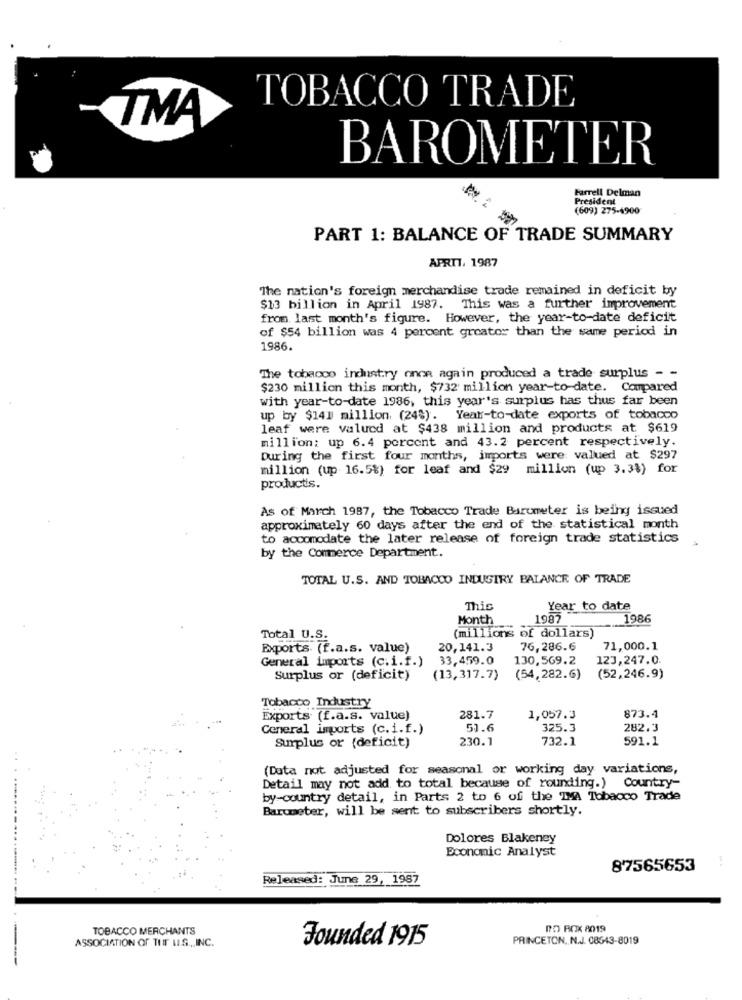
TOBACCO TRADE
TMA
BAROMETER
Farrell Delman
President
(609) 275-4900
PART 1: BALANCE OF TRADE SUMMARY
APRIT, 1987
The nation's foreign merchandise trade remained in deficit by
$13 billion in April 1987. This was a further improvement
from last month's figure. However, the year-to-date deficit
of $54 billion was 4 percent greater than the same period in
1986.
The tobacco industry once again produced a trade surplus - -
$230 million this month, $732 million year-to-date. Compared
with year-to-date 1986, this year's surplus has thus far been
up by $141 million. (24%). Year-to-date exports of tobacco
leaf were valued at $438 million and products at $619
million: up 6.4 percent and 43.2 percent respectively.
During the first four months, imports were: valued at $297
million (up 16.5%) for leaf and $29 million (up 3.3%) for
productis.
As of March 1987, the Tobacco Trade Barumeter is being issued
approximately 60 days after the end of the statistical month
to accomodate the later release of foreign trade statistics
by the Commerce Department.
TOTAL U.S. AND TOBACCO INDUSTRY BALANCE OF TRADE
This
Year to date
Month
1987
1986
Total U.S.
(millions of dollars)
Exports. (f.a.s. value)
20,141.3
76,286.6
71,000.1
General imports (c.i.f.)
33,459.0
130,569.2
123,247.0
Surplus or (deficit)
(13,317.7)
(54,282.G)
(52,246.9)
Tobacco Industry
Exports (f.a.s. value)
281.7
1,057.3
873.4
Ceneral imports (c.i.f.)
51.6
325.3
282.3
Surplus or (deficit)
230.1
732.1
591.1
(Data not adjusted for seasonal or working day variations,
Detail may not add to total because of rounding.) Country-
by-country detail, in Parts 2 to 6 of the TMA Tobacco Trade
Barumeter, will be sent to subscribers shortly.
Dolores Blakeney
Economic Analyst
87565653
Released: June 29, 1987
-------
TOBACCO MERCHANTS
PO BOX 8019
ASSOCIATION OF THE LLS ., INC.
Founded 1915
PRINCETON, N.J. 08543-8019
---